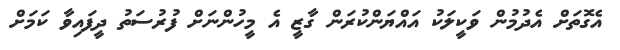
އެގޮތަށް އެދުމުން ވަކީލަކު އައްޔަންކުރަން ގާޒީ އެ މީހުންނަށް ފުރުސަތު ދީފައިވާ ކަމަށް